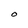
Character: O